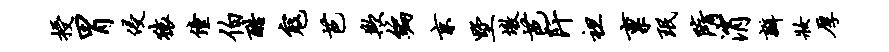
授胃侵猿僮伯酷寇芭欺编京墅墩芭阡袒禀珉隋消瓣妆厚